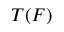
T ( F )